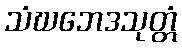
သံဃဘေဒသုတ္တံ